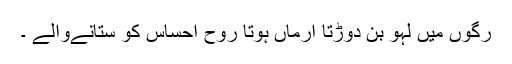
رگوں میں لہو بن دوڑتا ارماں ہوتا روح احساس کو ستانےوالے ۔